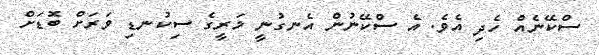
ސްކޭނެއް ހެދި އެވެ. އެ ސްކޭނުން އެނގުނީ މަރީގެ ސިކުނޑި ވަރަށް ބޮޑަށް